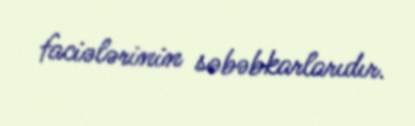
faciələrinin səbəbkarlarıdır.